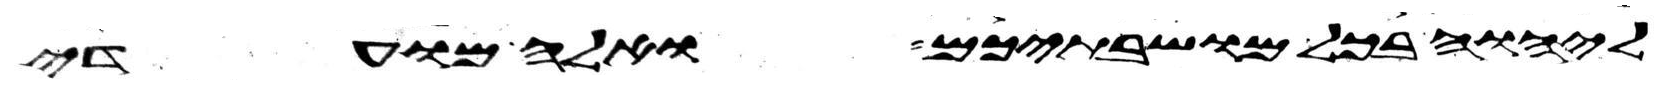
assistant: ליהוה בכל מושבתיכם ואלה מועדי